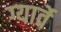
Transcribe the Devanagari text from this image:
ग्यार्वे